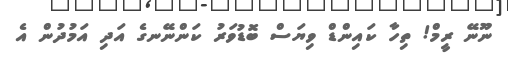
ނޫނޭ ރީމް! ތިހާ ކައިންޑް ވިޔަސް ބޮޑުވަރު ކަންނޭނގެ އަދި އަމުދުން އެ